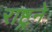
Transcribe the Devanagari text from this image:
राष्ट्रने